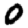
Digit: 0